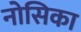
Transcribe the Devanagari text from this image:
नोसिका